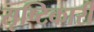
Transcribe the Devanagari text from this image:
सृष्टिकारी